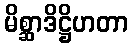
မိစ္ဆာဒိဋ္ဌိဟတာ